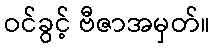
ဝင်ခွင့် ဗီဇာအမှတ်။